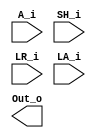
module riscv_shifter
	(	
		/* Input */
		A_i,  //Operand A
		SH_i, //Shift amount
		LR_i, //Left--0/Right--1
		LA_i, //Logic--0/Arithmetic--1
		/* Output */
		Out_o // Out shifted
	);
	
	input [31:0] A_i;
	input [4:0] SH_i;
	input LR_i, LA_i;
	
	output [31:0] Out_o;

	
endmodule